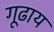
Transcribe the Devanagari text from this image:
गूढाय